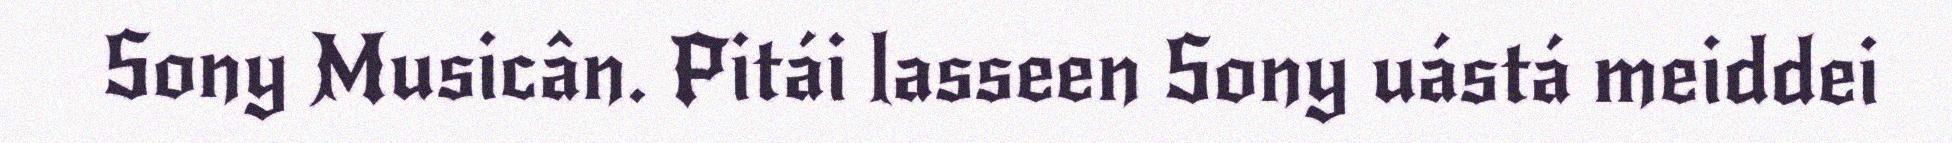
Sony Musicân. Pitái lasseen Sony uástá meiddei